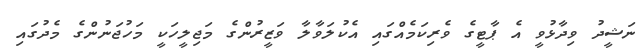
ނަޝީދު ވިދާޅުވީ އެ ޕާޓީގެ ވެރިކަމެއްގައި އެކުލަވާލާ ވަޒީރުންގެ މަޖިލީހަކީ މަހުޖަނުންގެ މެދުގައި